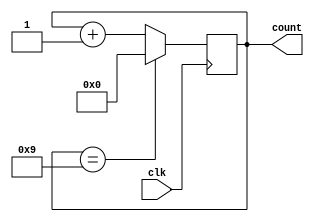
// decade_counter.v

module decade_counter (clk, count);
output [3:0] count;
reg [3:0] count;
input clk;

always @(posedge clk)
if(count == 4'h9) // 4 bit, 16 9 
// if(count == 9) 1 (bit  32bit   ) 
count <= 1'b0;
else
count <= count + 1'b1;
endmodule